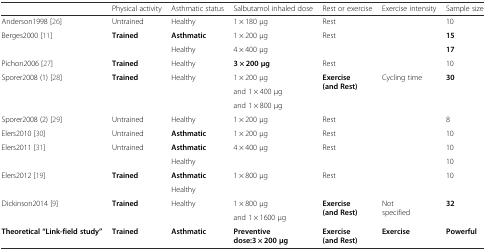
|  | Physical activity | Asthmatic status | Salbutamol inhaled dose | Rest or exercise | Exercise intensity | Sample size |
 | --- | --- | --- | --- | --- | --- | --- |
 | Anderson1998 [26] | Untrained | Healthy | 1 × 180 μg | Rest |  | 10 |
 | <ROWSPAN=2> Berges2000 [11] | <ROWSPAN=2> Trained | Asthmatic | 1 × 200 μg | <ROWSPAN=2> Rest |  | 15 |
 | Healthy | 4 × 400 μg |  | 17 |
 | Pichon2006 [27] | Trained | Healthy | 3 × 200 μg | Rest |  | 10 |
 | <ROWSPAN=3> Sporer2008 (1) [28] | <ROWSPAN=3> Trained | <ROWSPAN=3> Healthy | 1 × 200 μg | <ROWSPAN=3> Exercise (and Rest) | <ROWSPAN=3> Cycling time | <ROWSPAN=3> 30 |
 | and 1 × 400 μg |
 | and 1 × 800 μg |
 | Sporer2008 (2) [29] | Untrained | Healthy | 1 × 200 μg | Rest |  | 8 |
 | Elers2010 [30] | Untrained | Asthmatic | 1 × 200 μg | Rest |  | 10 |
 | <ROWSPAN=2> Elers2011 [31] | Untrained | Asthmatic | 4 × 400 μg | Rest |  | 10 |
 |  | Healthy |  |  |  | 10 |
 | <ROWSPAN=2> Elers2012 [19] | <ROWSPAN=2> Trained | Asthmatic | <ROWSPAN=2> 1 × 800 μg | <ROWSPAN=2> Rest | <ROWSPAN=2>  | <ROWSPAN=2> 10 |
 | Healthy |
 | <ROWSPAN=2> Dickinson2014 [9] | <ROWSPAN=2> Trained | <ROWSPAN=2> Healthy | 1 × 800 μg | <ROWSPAN=2> Exercise (and Rest) | <ROWSPAN=2> Not specified | <ROWSPAN=2> 32 |
 | and 1 × 1600 μg |
 | Theoretical “Link-field study” | Trained | Asthmatic | Preventive dose:3 × 200 μg | Exercise (and Rest) | Exercise | Powerful |